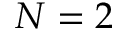
N = 2